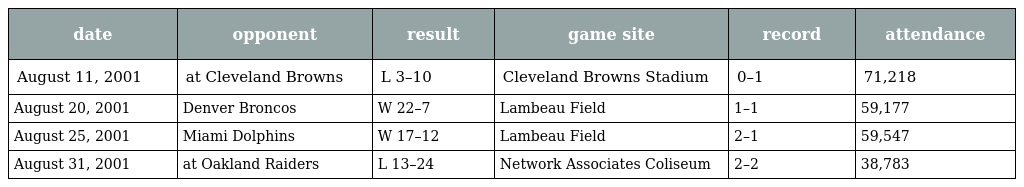
| date | opponent | result | game site | record | attendance |
 | --- | --- | --- | --- | --- | --- |
 | August 11, 2001 | at Cleveland Browns | L 3–10 | Cleveland Browns Stadium | 0–1 | 71,218 |
 | August 20, 2001 | Denver Broncos | W 22–7 | Lambeau Field | 1–1 | 59,177 |
 | August 25, 2001 | Miami Dolphins | W 17–12 | Lambeau Field | 2–1 | 59,547 |
 | August 31, 2001 | at Oakland Raiders | L 13–24 | Network Associates Coliseum | 2–2 | 38,783 |